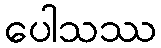
ပေါသဿ